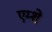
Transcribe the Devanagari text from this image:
एम्शे